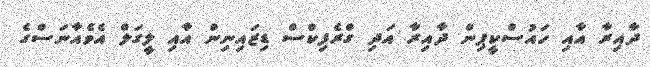
ދާއިރާ އާއި ހައުސްކީޕިން ދާއިރާ އަދި ގްރެފިކްސް ޑިޒައިނިން އާއި ލީގަލް އެވެއާނަސްގެ